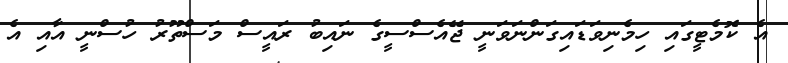
އެ ކޮމެޓީގައި ހިމެނިވަޑައިގަންނަވަނީ ޖޭއެސްސީގެ ނައިބު ރައީސް މަސްތޫރު ހުސްނީ އާއި އެ